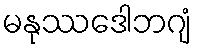
မနုဿဒေါဘဂျံ